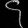
Digit: ၄